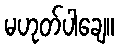
မဟုတ်ပါချေ။